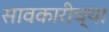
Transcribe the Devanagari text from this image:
सावकारीच्या